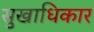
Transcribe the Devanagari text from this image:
सुखाधिकार